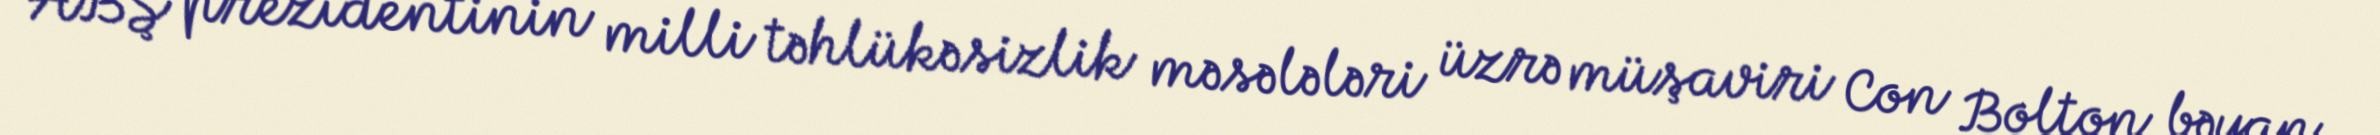
ABŞ prezidentinin milli təhlükəsizlik məsələləri üzrə müşaviri Con Bolton bəyan